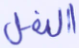
النمل